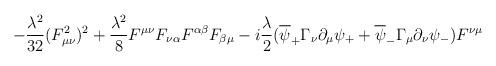
LaTeX: \begin{align*}-{\lambda^2\over 32}(F_{\mu\nu}^2)^2+{\lambda^2\over 8}F^{\mu\nu}F_{\nu\alpha}F^{\alpha\beta}F_{\beta\mu} -i{\lambda\over 2} (\overline{\psi}_+\Gamma_{\nu}\partial_{\mu}\psi_+ + \overline{\psi}_-\Gamma_{\mu}\partial_{\nu}\psi_-)F^{\nu\mu}\end{align*}